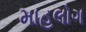
માહલોગ